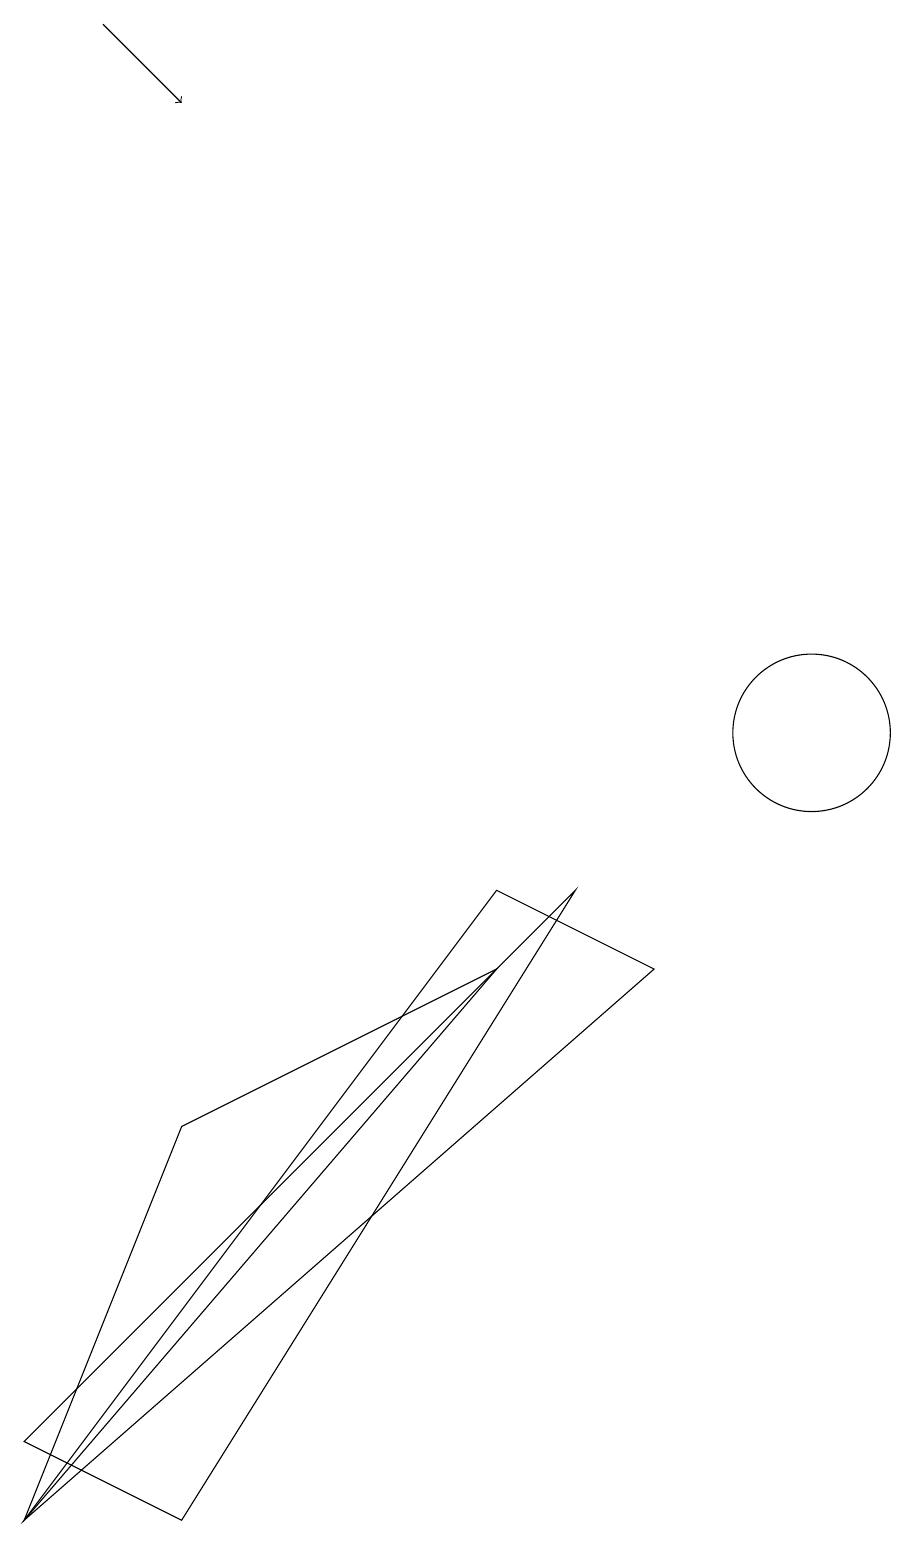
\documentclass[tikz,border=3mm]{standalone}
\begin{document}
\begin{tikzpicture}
\draw (10,10) circle (1);
\draw (0,0) -- (6,7) -- (2,5) -- cycle;
\draw (8,7) -- (0,0) -- (6,8) -- cycle;
\draw (0,1) -- (2,0) -- (7,8) -- cycle;
\draw[->] (1,19) -- (2,18);
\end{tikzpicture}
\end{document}